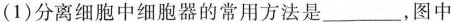
(1)分离细胞中细胞器的常用方法是___，图中